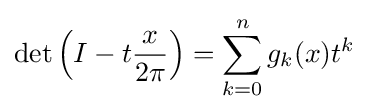
\operatorname {det} \left(I-t{x \over 2\pi }\right)=\sum _{k=0}^{n}g_{k}(x)t^{k}